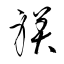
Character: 躾